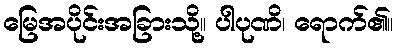
မြေအပိုင်းအခြားသို့။ ပါပုဏိ၊ ရောက်၏။